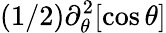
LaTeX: (1/2)\partial_{\theta}^{2}[\cos\theta]